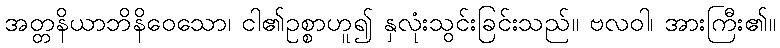
အတ္တနိယာဘိနိဝေသော၊ ငါ၏ဥစ္စာဟူ၍ နှလုံးသွင်းခြင်းသည်။ ဗလဝါ၊ အားကြီး၏။